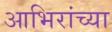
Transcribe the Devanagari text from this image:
आभिरांच्या